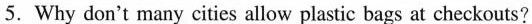
5. Why don't many cities allow plastic bags at checkouts?